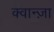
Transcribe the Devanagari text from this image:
क्वान्ज़ा